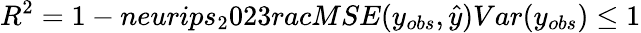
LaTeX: R^{2}=1-neurips_{2}023rac{MSE(y_{obs},\hat{y})}{Var(y_{obs})}\leq 1